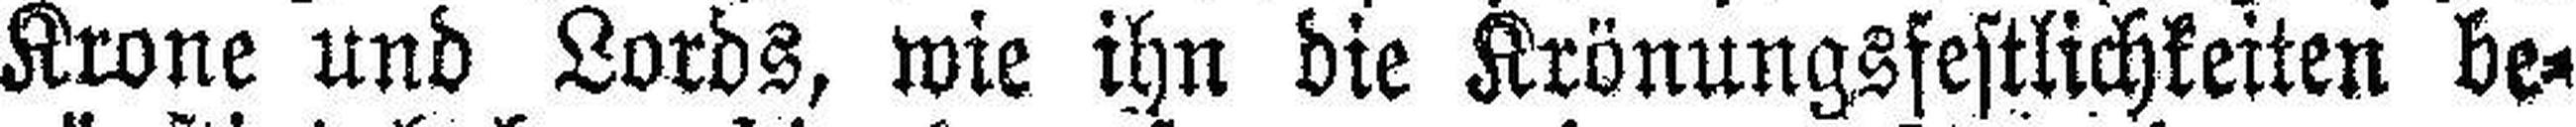
Krone und Lords, wie ihn die Krönungsfestlichkeiten be¬